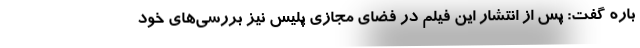
باره گفت: پس از انتشار این فیلم در فضای مجازی پلیس نیز بررسی‌های خود